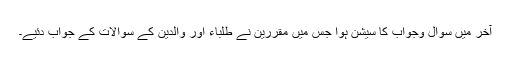
آخر میں سوال وجواب کا سیشن ہوا جس میں مقررین نے طلباء اور والدین کے سوالات کے جواب دئیے۔